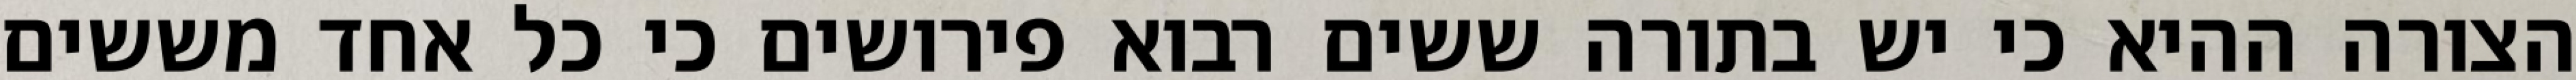
הצורה ההיא כי יש בתורה ששים רבוא פירושים כי כל אחד מששים